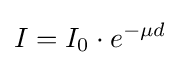
I=I_{0}\cdot e^{-\mu d}